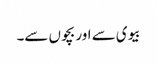
بیوی سے اور بچوں سے۔